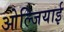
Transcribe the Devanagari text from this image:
ओल्जियाई